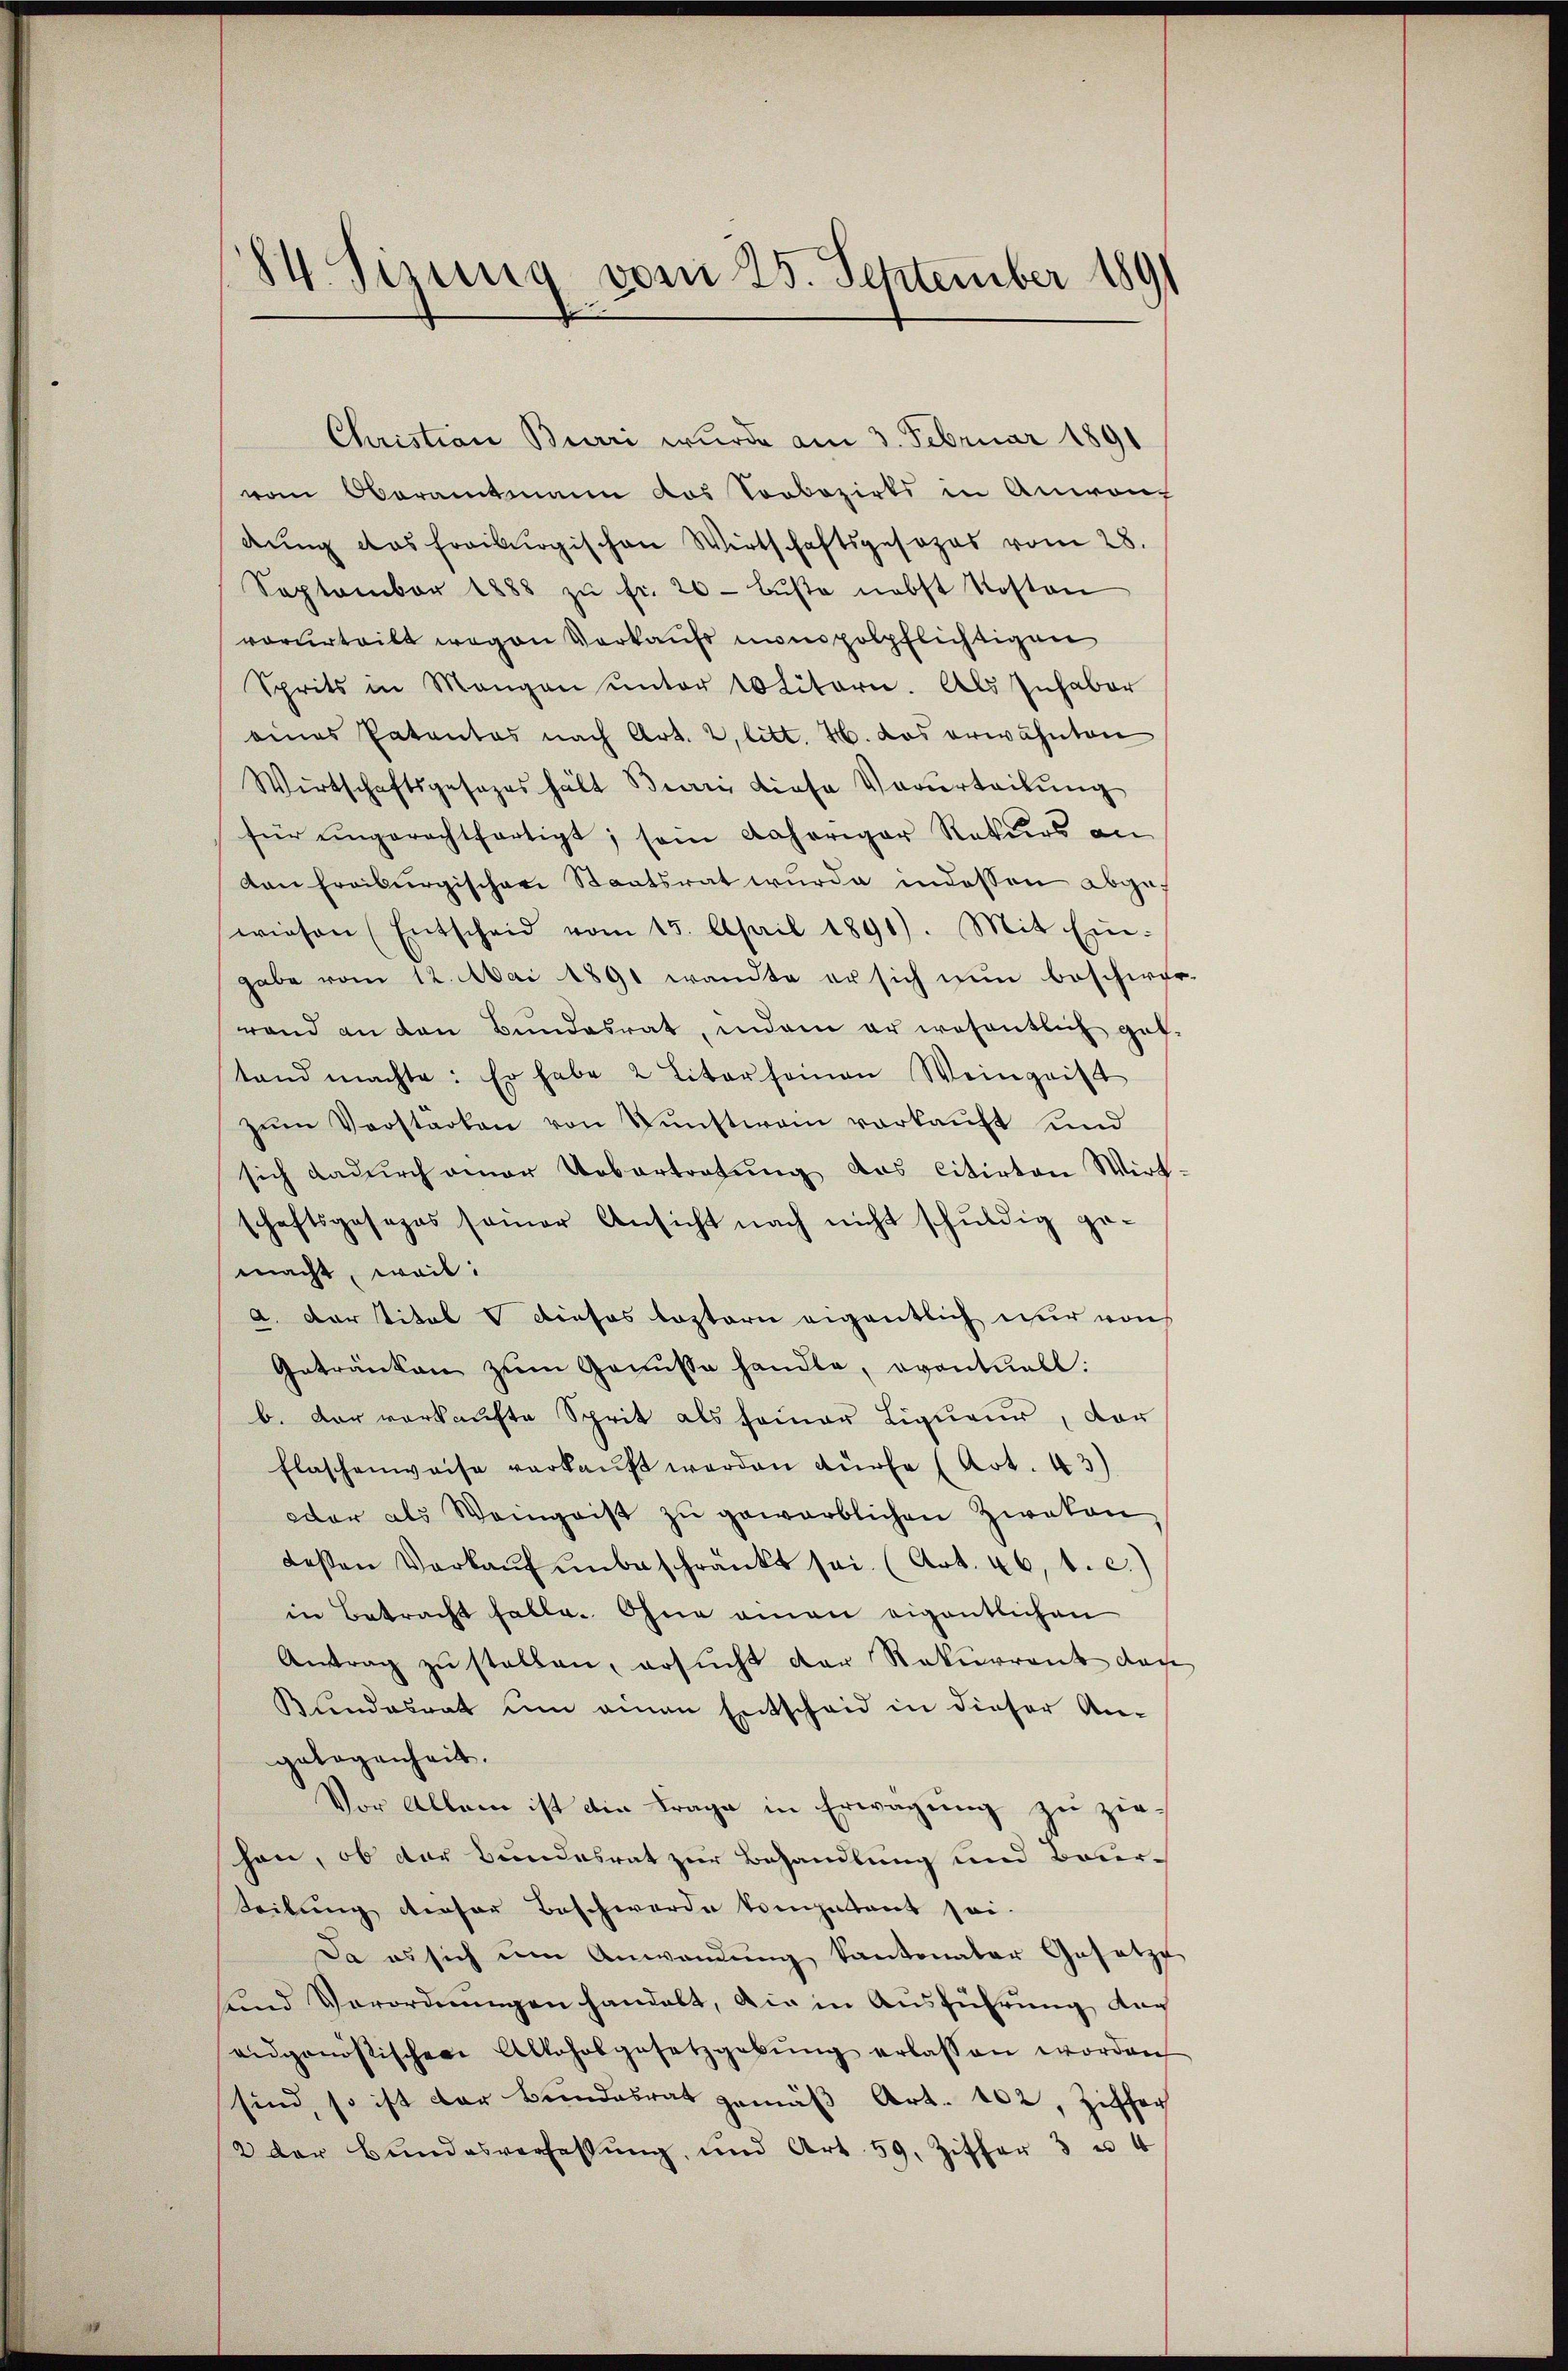
84. Sinng vom 25. September 1891

Christian Burri wurde am 3. Februar 1891
vom Oberamtmann das Soobozirks in Anwang
dŭng das freiburgischen Wirtschaftsgesezes vom 28.
September 1888 zŭ fr. 20 Bŭβe nebst Kosten
vorurteilt wegen Verkaufs nompolpflichtigen
Sprits in Mangen unter Politore. Als Inhaber
eines Patentes nach Art. 2, litt. 4. das erwähnten
Wirtschaftsgesezes hält Bieri diese Verurteilung
für ungerechtfertigt, sein daheriger Rekurs an
dan Freiburgischen Staatsrat wurde indessen abge
wiesen (Entscheid vom 15. April 1891). Mit Ein-
gabe vom 12. Mai 1891 wandte er sich nun beschwer-
rand an den Bŭndesrat, indem er wesentlich gut.
tand machte: Er habe 2 Liter seinen Weingeist
zŭm Verstärken von Kunstwein vorkauft und
sich dadurch einer Uebertretŭng das citirten Wirt-
schaftsgesages seiner Ansicht nach nicht schŭldig ge
macht, weil:
a. Der Titel dieses leztern eigentlich nur von
Getränken zum Genüsse handle, eventuell:
b. Der verkaufte Sprit als seiner Liqueur, der
Flaschenweise verkaŭft werden dürfe (Art. 43)
car als Weingaist zŭ gewärblichen Zweken,
deßen Verkaŭf ŭnbeschränkt sei. (Art. 46, 1. c.)
in Betracht falle. Ohne einen eigentlichen
Antrag zŭ stellen, ersŭcht der Rekurrent den
Bundesrat um einen Entscheid in dieser An-
gelogenheit.
Vor Allem ist die Frage in Erwägung zu ziehen, ob der Bundesrat zur Behandlung und Bauer-
Seilung dieser Beschwerde kompetent sei.
Da es sich um Anwendŭng kantonaler Gesetze
sund Verordnungen handelt, die in Ausführung der
eidgenostischen Alkoholgesetzgebŭng erlassen worden
sind, so ist der Bundesrat gemäβ Art. 102, Ziffer
2 der Bundesverfassŭng, und Art. 59. Ziffer 3 u 4